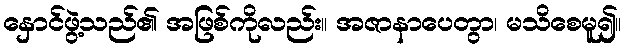
နှောင်ဖွဲ့သည်၏ အဖြစ်ကိုလည်း။ အဇာနာပေတွာ၊ မသိစေမူ၍။